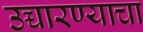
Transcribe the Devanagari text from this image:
उच्चारण्याचा